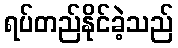
ရပ်တည်နိုင်ခဲ့သည်